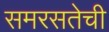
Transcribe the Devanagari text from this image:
समरसतेची